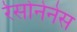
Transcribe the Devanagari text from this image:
रेसोनेनेस